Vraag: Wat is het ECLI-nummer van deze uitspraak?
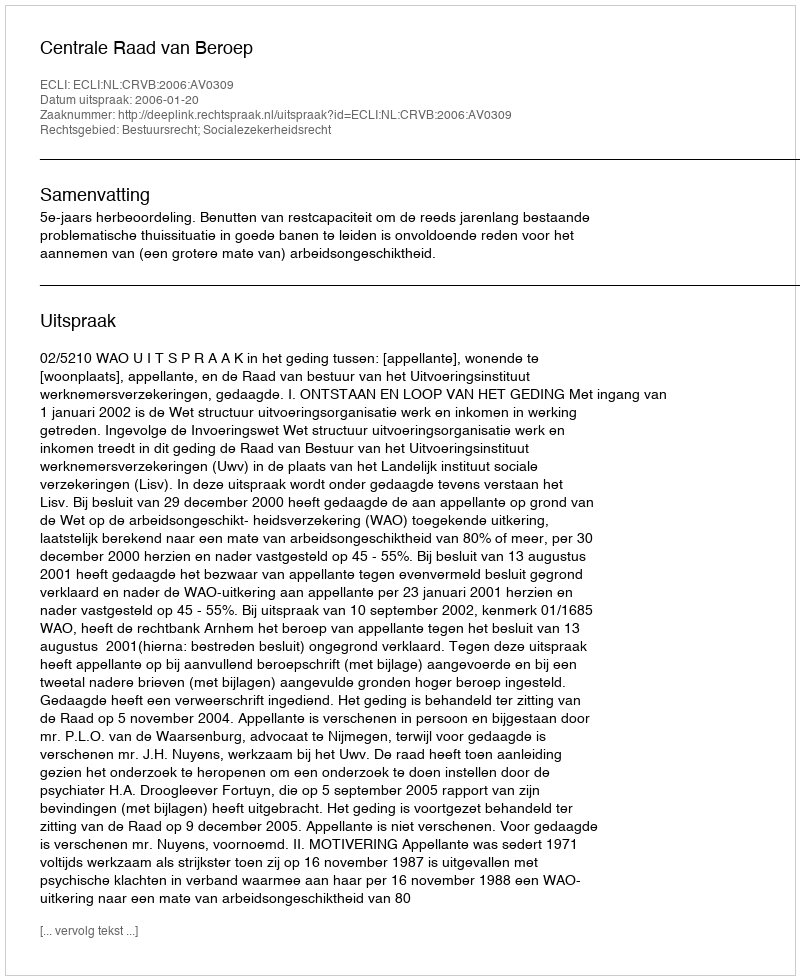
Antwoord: ECLI:NL:CRVB:2006:AV0309